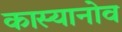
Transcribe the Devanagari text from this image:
कास्यानोव